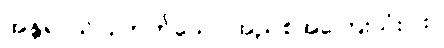
အန္တရာယ်ပြုတတ်သော အညစ်အကြေးသုံးပါး။